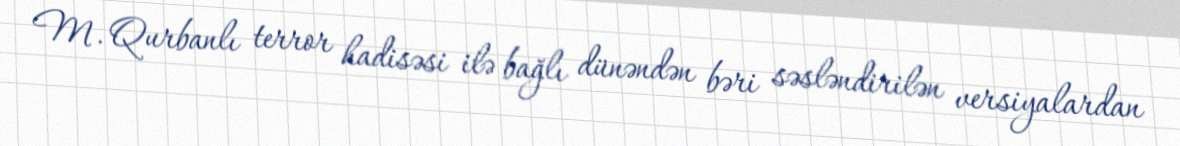
M. Qurbanlı terror hadisəsi ilə bağlı dünəndən bəri səsləndirilən versiyalardan